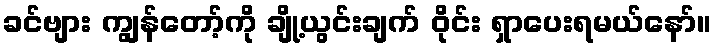
ခင်ဗျား ကျွန်တော့်ကို ချို့ယွင်းချက် ဝိုင်း ရှာပေးရမယ်နော်။